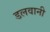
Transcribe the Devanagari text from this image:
डलवानी